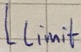
Text: Llimit